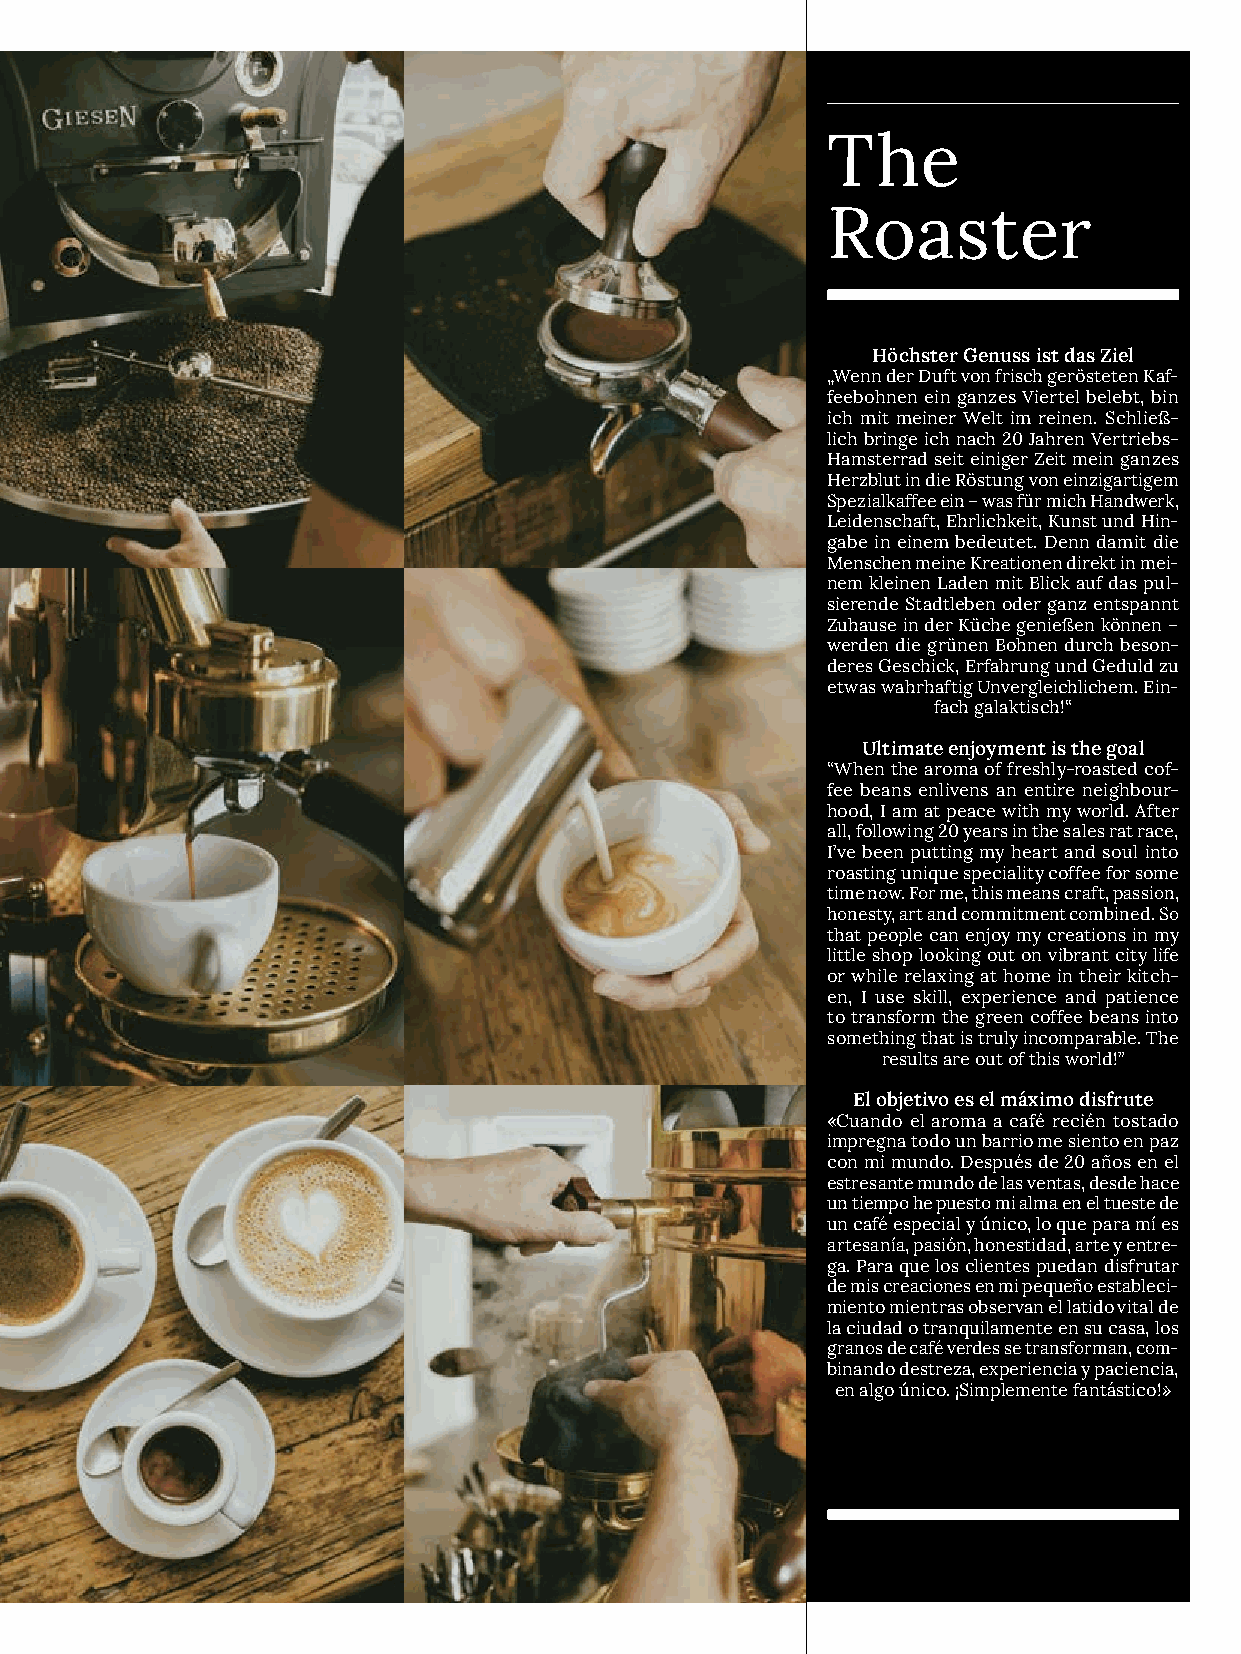
The
 Roaster
 Höchster Genuss ist das Ziel
 „Wenn der Duft von frisch gerösteten Kaf­
 feebohnen ein ganzes Viertel belebt, bin
 ich mit meiner Welt im reinen. Schließ­
 lich bringe ich nach 20 Jahren Vertriebs­
 Hamsterrad seit einiger Zeit mein ganzes
 Herzblut in die Röstung von einzigartigem
 Spezialkaffee ein – was für mich Handwerk,
 Leidenschaft, Ehrlichkeit, Kunst und Hin­
 gabe in einem bedeutet. Denn damit die
 Menschen meine Kreationen direkt in mei­
 nem kleinen Laden mit Blick auf das pul­
 sierende Stadtleben oder ganz entspannt
 Zuhause in der Küche genießen können –
 werden die grünen Bohnen durch beson­
 deres Geschick, Erfahrung und Geduld zu
 etwas wahrhaftig Unvergleichlichem. Ein­
 fach galaktisch!“
 Ultimate enjoyment is the goal
 “When the aroma of freshly­roasted cof­
 fee beans enlivens an entire neighbour­
 hood, I am at peace with my world. After
 all, following 20 years in the sales rat race,
 I’ve been putting my heart and soul into
 roasting unique speciality coffee for some
 time now. For me, this means craft, passion,
 honesty, art and commitment combined. So
 that people can enjoy my creations in my
 little shop looking out on vibrant city life
 or while relaxing at home in their kitch­
 en, I use skill, experience and patience
 to transform the green coffee beans into
 something that is truly incomparable. The
 results are out of this world!”
 El objetivo es el máximo disfrute
 «Cuando el aroma a café recién tostado
 impregna todo un barrio me siento en paz
 con mi mundo. Después de 20 años en el
 estresante mundo de las ventas, desde hace
 un tiempo he puesto mi alma en el tueste de
 un café especial y único, lo que para mí es
 artesanía, pasión, honestidad, arte y entre­
 ga. Para que los clientes puedan disfrutar
 de mis creaciones en mi pequeño estableci­
 miento mientras observan el latido vital de
 la ciudad o tranquilamente en su casa, los
 granos de café verdes se transforman, com­
 binando destreza, experiencia y paciencia,
 en algo único. ¡Simplemente fantástico!»